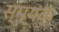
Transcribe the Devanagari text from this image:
स्म्यक्‌